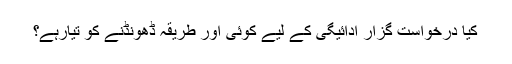
کیا درخواست گزار ادائیگی کے لیے کوئی اور طریقہ ڈھونڈنے کو تیارہے؟